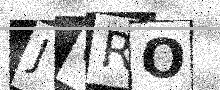
Text: JGRO